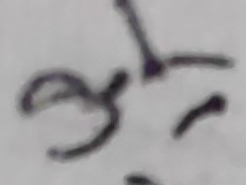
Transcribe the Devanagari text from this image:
३ि